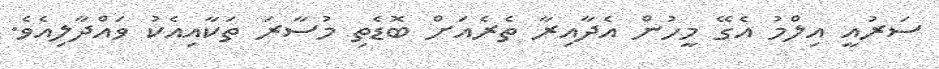
ސަރުއީ އިލްމު އެގޭ މީހުން އެދާއިރާ ތެރެއަށް ބޮޑެތި މުސާރަ ތަކާއިއެކު ވައްދާލިއެވެ.